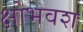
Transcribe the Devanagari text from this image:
क्षोभवश